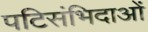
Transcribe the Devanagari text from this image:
पटिसंभिदाओं